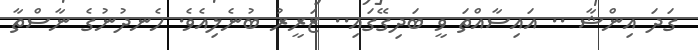
ގަދަ އިންޝާ .. އައިސާއްތަ ވީ ބަދިގޭގައި.. ޒަރީރު ބުނެލިއެވެ. ހެނދުނުގެ ނާސްތާ